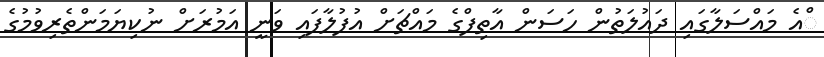
ްއެ މައްސަލާގައި ދައުލަތުން ހަސަން އާތިފްގެ މައްޗަށް އުފުލާފައި ވަނީ އަމުރަށް ނުކިޔަމަންތެރިވުމުގެ